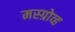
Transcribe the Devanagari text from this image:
मस्ग्रोव्ह